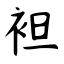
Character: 袒